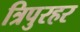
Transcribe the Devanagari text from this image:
त्रिपुरहर